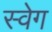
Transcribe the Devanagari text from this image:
स्वेग